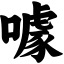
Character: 噱